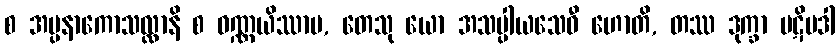
စ အပ္ပနာကောသလ္လာနိ စ ဝဏ္ဏယိဿာမ, တေသု ယော အသပ္ပါယသေဝီ ဟောတိ, တဿ ဒုက္ခာ ပဋိပဒါ